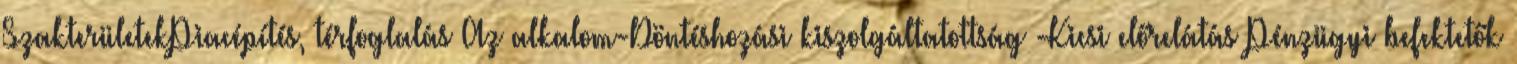
SzakterületekPiacépítés, térfoglalás Az alkalom-Döntéshozási kiszolgáltatottság -Kicsi előrelátás Pénzügyi befektetők